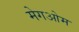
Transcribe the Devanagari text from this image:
मेगओम